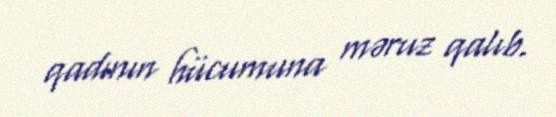
qadının hücumuna məruz qalıb.